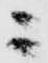
ニ